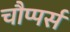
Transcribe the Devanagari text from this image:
चौप्पर्स